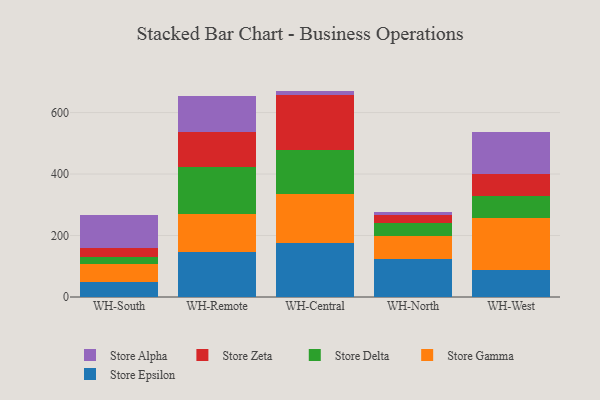
{"axis": {"x": "Warehouse", "y": "Backlog"}, "legend": ["Store Alpha", "Store Delta", "Store Epsilon", "Store Gamma", "Store Zeta"], "data": [{"x": "WH-South", "y": 47.4, "type": "Store Epsilon"}, {"x": "WH-South", "y": 59.0, "type": "Store Gamma"}, {"x": "WH-South", "y": 24.9, "type": "Store Delta"}, {"x": "WH-South", "y": 28.2, "type": "Store Zeta"}, {"x": "WH-South", "y": 107.8, "type": "Store Alpha"}, {"x": "WH-Remote", "y": 148.0, "type": "Store Epsilon"}, {"x": "WH-Remote", "y": 121.4, "type": "Store Gamma"}, {"x": "WH-Remote", "y": 154.9, "type": "Store Delta"}, {"x": "WH-Remote", "y": 112.4, "type": "Store Zeta"}, {"x": "WH-Remote", "y": 115.7, "type": "Store Alpha"}, {"x": "WH-Central", "y": 176.6, "type": "Store Epsilon"}, {"x": "WH-Central", "y": 157.1, "type": "Store Gamma"}, {"x": "WH-Central", "y": 145.1, "type": "Store Delta"}, {"x": "WH-Central", "y": 179.4, "type": "Store Zeta"}, {"x": "WH-Central", "y": 12.4, "type": "Store Alpha"}, {"x": "WH-North", "y": 124.7, "type": "Store Epsilon"}, {"x": "WH-North", "y": 74.6, "type": "Store Gamma"}, {"x": "WH-North", "y": 41.4, "type": "Store Delta"}, {"x": "WH-North", "y": 25.7, "type": "Store Zeta"}, {"x": "WH-North", "y": 10.8, "type": "Store Alpha"}, {"x": "WH-West", "y": 86.9, "type": "Store Epsilon"}, {"x": "WH-West", "y": 170.1, "type": "Store Gamma"}, {"x": "WH-West", "y": 70.0, "type": "Store Delta"}, {"x": "WH-West", "y": 73.5, "type": "Store Zeta"}, {"x": "WH-West", "y": 137.7, "type": "Store Alpha"}]}